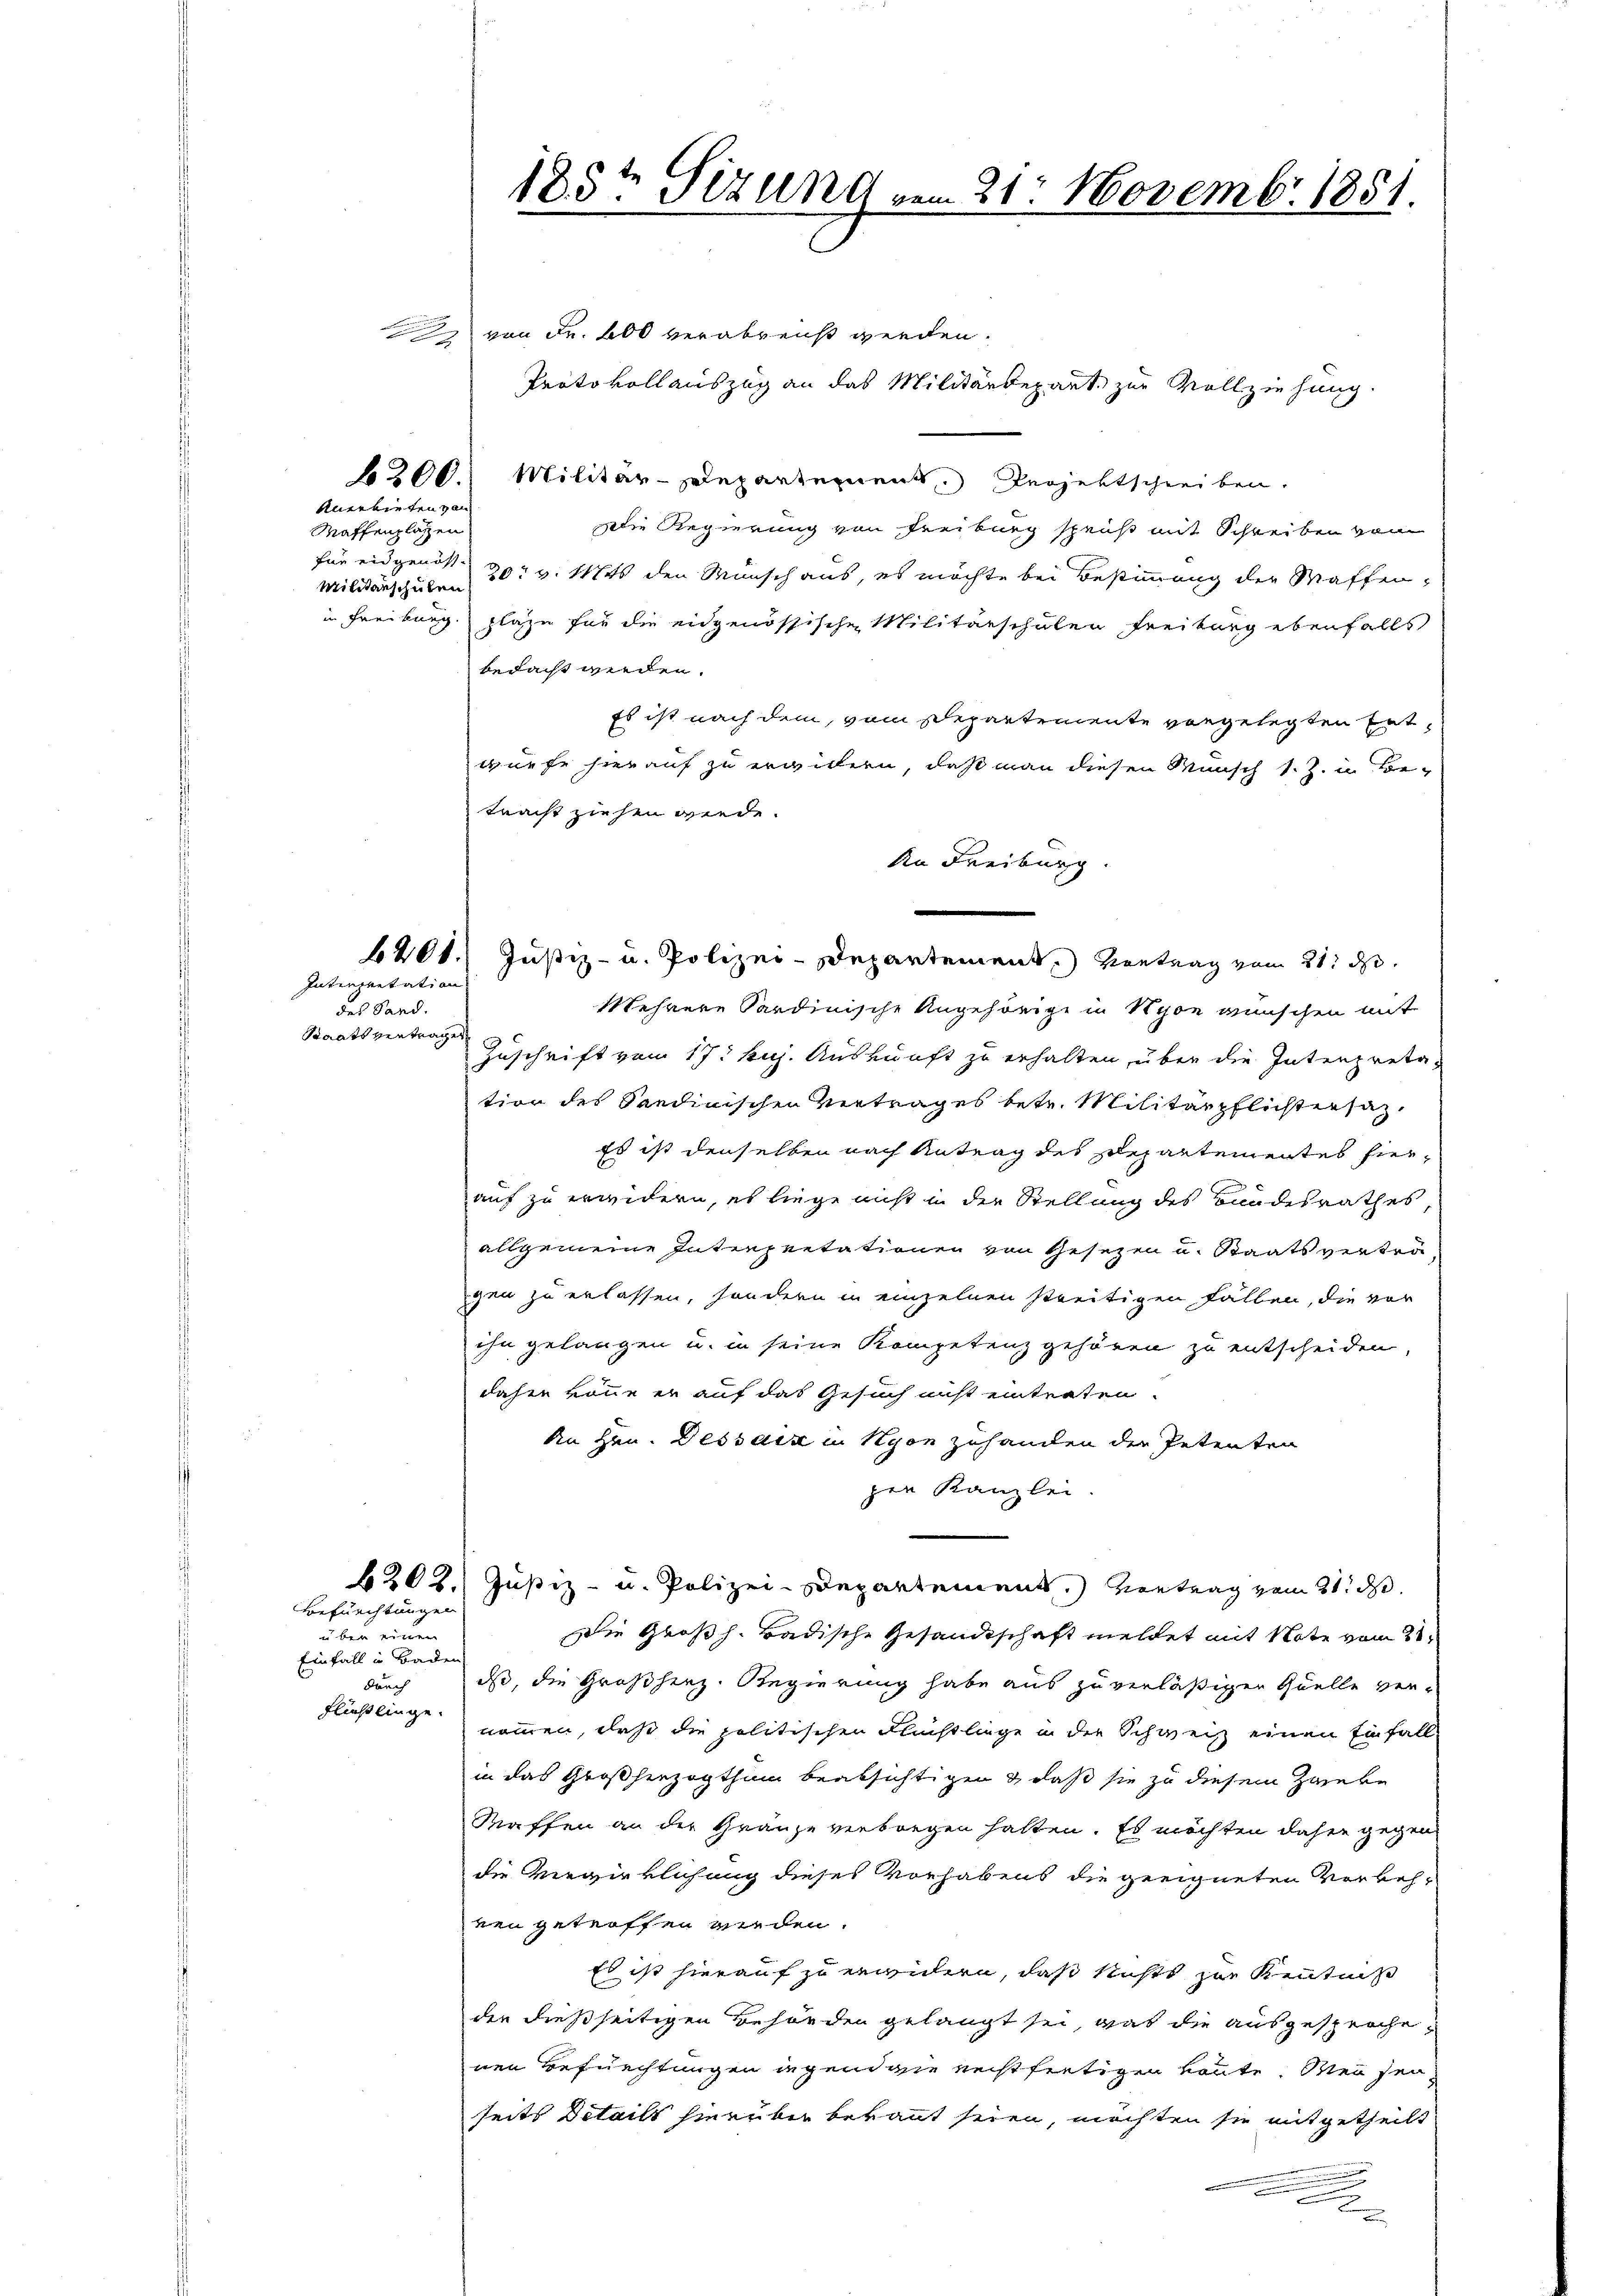
b300.
Anerbieten von

Maffenplätzen
Militärschulen

Interpretation
des Sand.
Staatsvertrages

Befürchtungen
über einen
Einfall in Baden
durch
fließlinge.

185te Sizung vom 21. Novembr. 1851.

von Fr. 600 verabreist werden.
Protokollauszug an das Militärdepart, zur Vollziehung.
Militär-Departement. Projektschreiben.
Die Regierung von Freiburg spenst mit Schreiben von
für eidgenös 20t v. Mts den Wunsch aus, es möchte bei Bestimmung der Waffenin Freiburg. plaze für die eidgenössischen Militärschulen Freiburg ebenfalls
bedacht werden.
Es ist nach dem vom Departemente vorgelegten Entwürfe hierauf zu erwittern, daß man diesen Wunsch s. Z. in Betracht ziehen werde.
An Freiburg
620. Justiz- u. Polizei-Departement, Kontrag vom 21. d.
Mehrere Sardinische Angehörige in Nyon anschen mit
Zuschrift von 17. huj. Auskunft zu erhalten, über die Intenpreta-
tion des Sandinischen Vertrages betr. Militärpflichtersaz¬
Es ist denselben nach Antrag des Departementes hierauf zu erwidern, es liege nicht in der Stellung des Bundesrathes,
allgemeine Interpretationen von Gesezen u. Staatsvertra
gen zu erlassen, sondern in einzelnen streitigen Fällen, die vor
ihn gelangen u. in seine Kompetenz gehören zu entscheiden,
daher könne er auf das Gesuch nicht einterten.
An Hrn. Dessaiz in Nyon zuhanden der Petenten
pen Kanzlei
6202. Justiz- u. Polizei-Departement.) Vortrag vom 21. ds.
Die Großh. Badische Gesandtschaft meldet mit Note vom 21.
dss, die Großherz. Regierung habe aus zu verläßigen Quelle vernommen, daß die politischen Fluchtliege in die Schweiz einen Einfall
in das Großherzogthum beabsichtigen & daß sie zu diesem Zweke
Waffen an der Gränze verborgen hatten. Es möchten daher gegen
die Verwirklichung dieses Vorhabens die geeigneten Verkehren getroffen werden.
Es ist hierauf zu widern, daß sichts zur Kenntnis
der dießseitigen Behörden gelangt sei, was die ausgesprochenen Befürchtungen ingend wie rechtfertigen könnte. Mein seiseits Details hierüber bekannt seien, möchten sie mitgetheilt
n
d